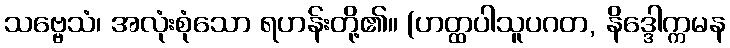
သဗ္ဗေသံ၊ အလုံးစုံသော ရဟန်းတို့၏။ (ဟတ္ထပါသူပဂတ, နိဒ္ဒေါက္ကမန